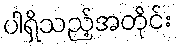
ပါရှိသည့်အတိုင်း